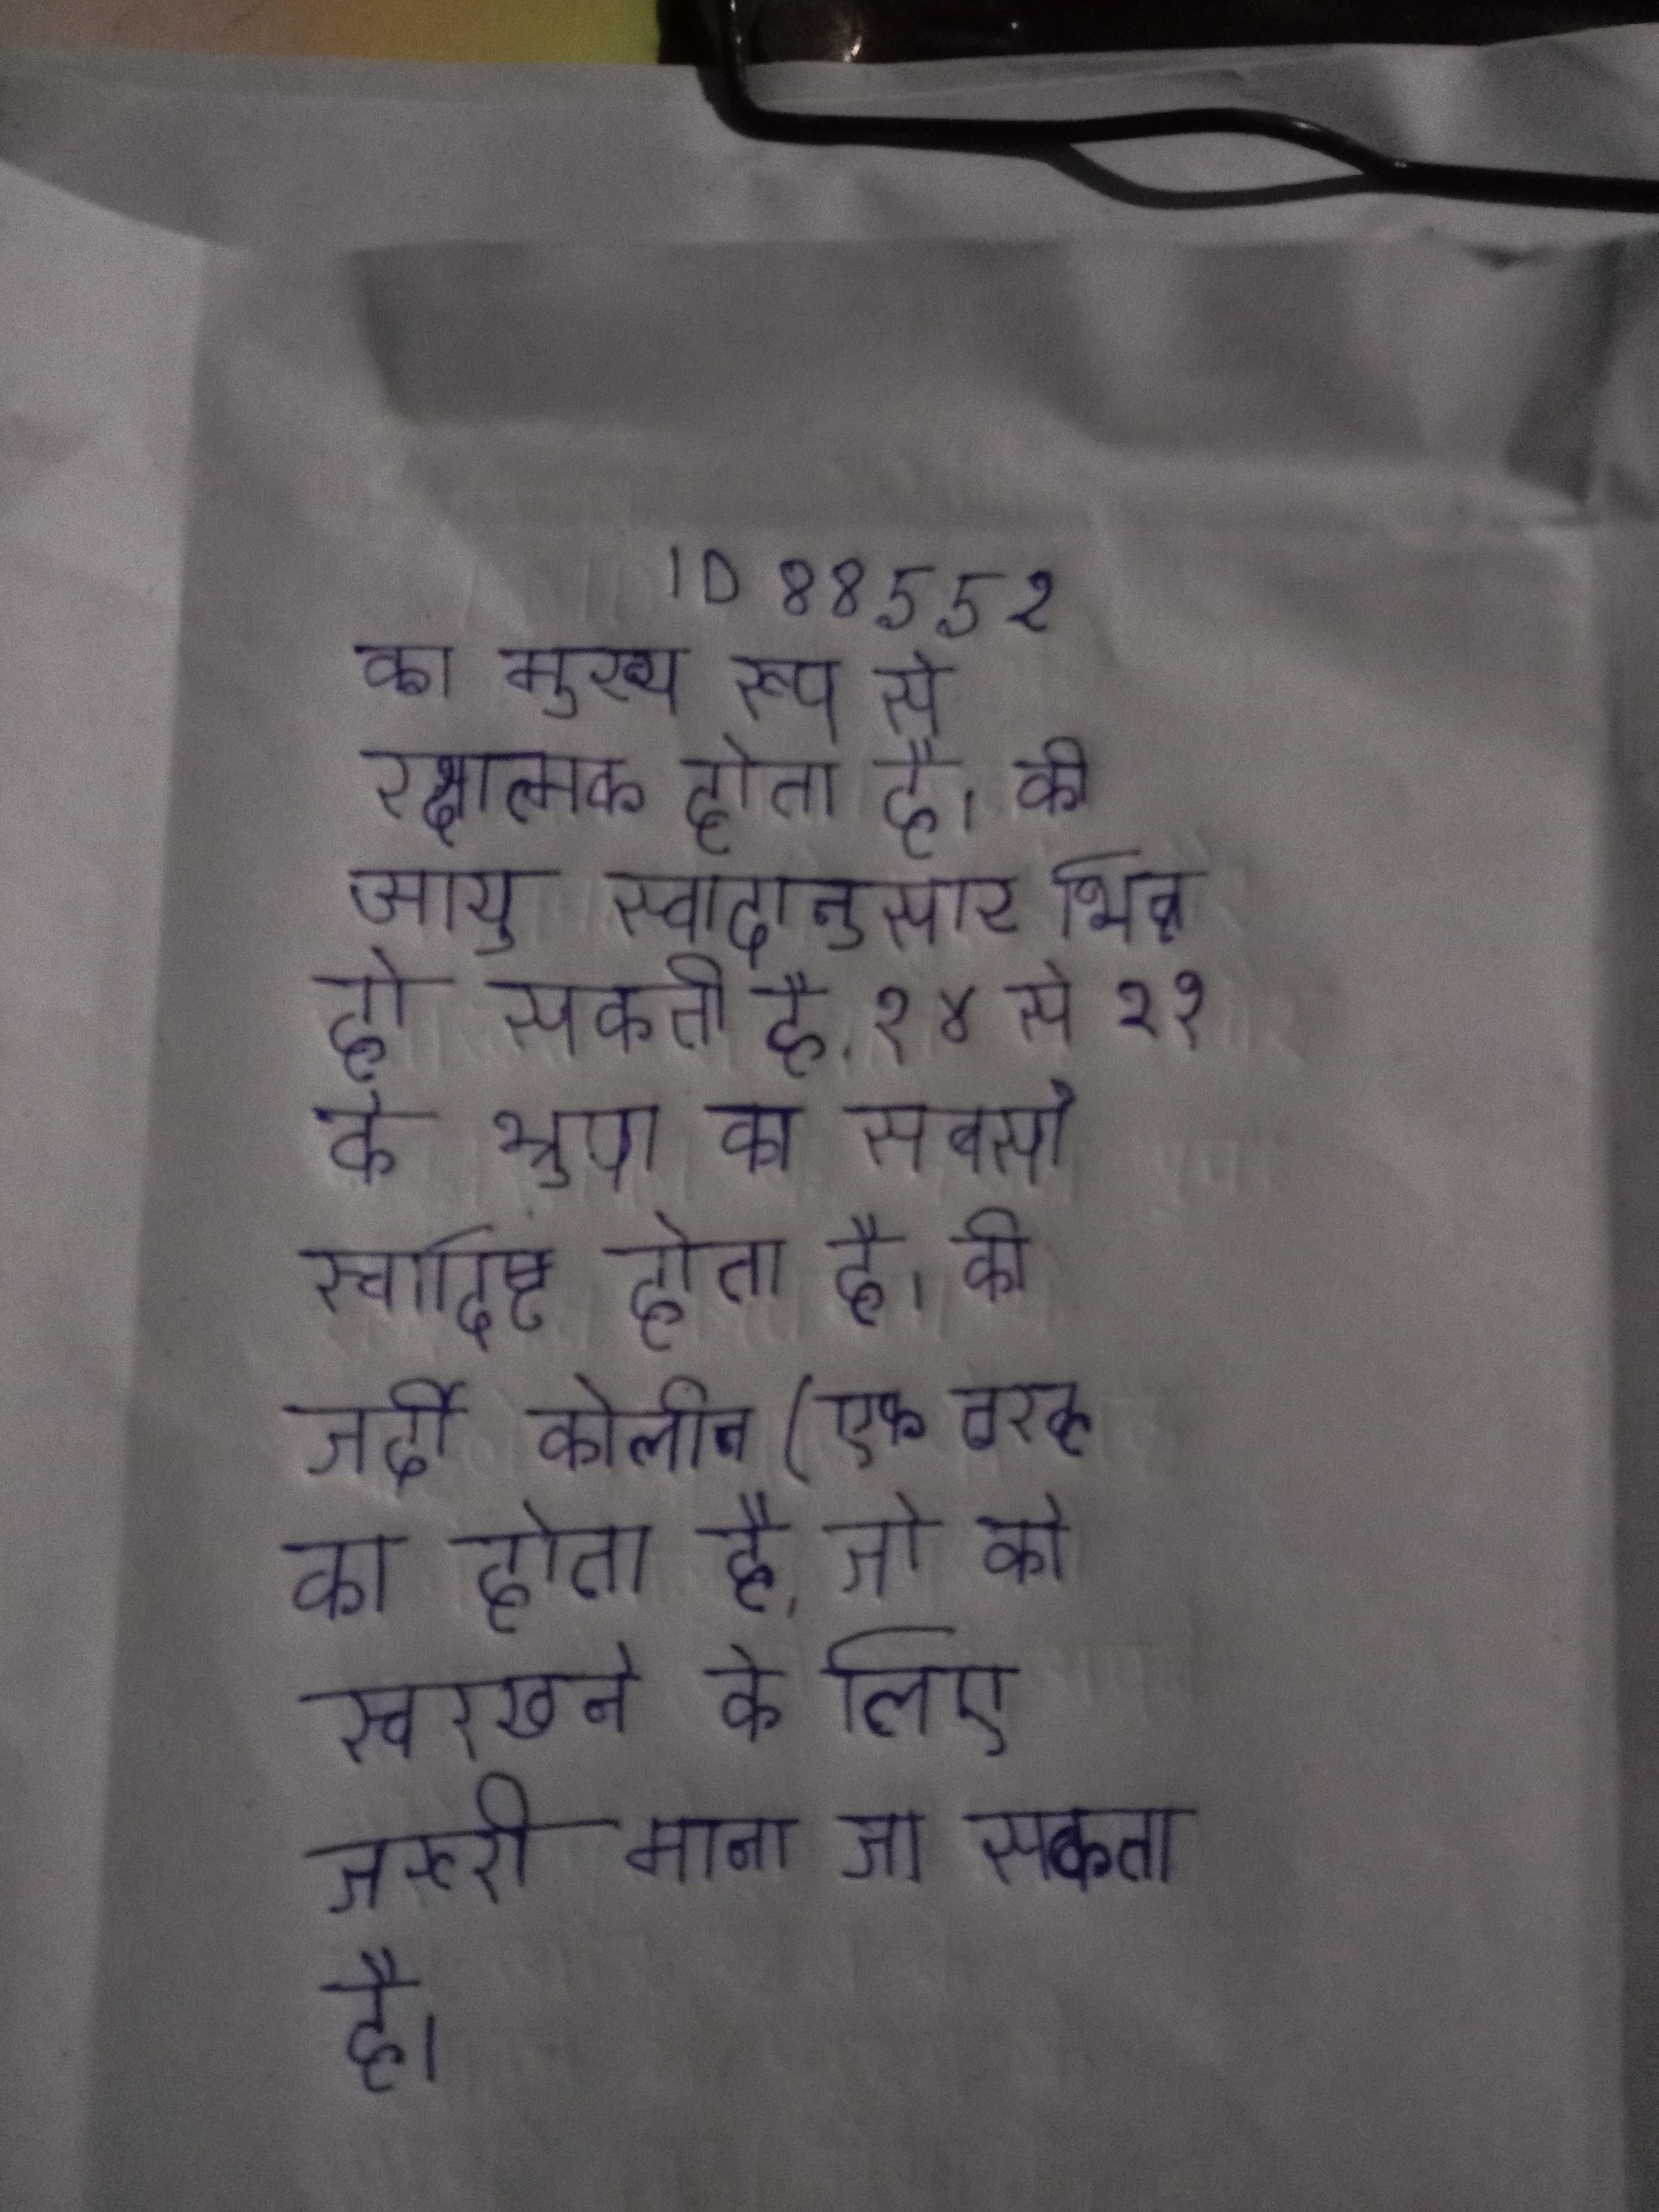
का मुख्य रूप से रक्षात्मक होता है । की आयु स्वादानुसार भिन्न हो सकती है, १४ से २१ के भ्रूण का सबसे स्वादिष्ट होता है । की जर्दी कोलीन (एक तरह का होता है, जो को स्वस्थ रखने के लिए जरूरी माना जा सकता है ।